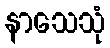
နာသေသုံ